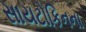
સાયટોકિનના